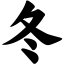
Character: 冬